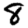
Digit: 8